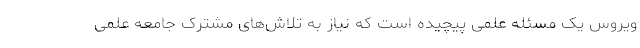
ویروس یک مسئله علمی پیچیده است که نیاز به تلاش‌های مشترک جامعه علمی